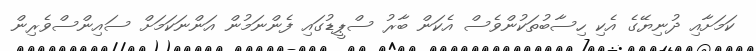
ކަމަށާއި ދުނިޔޭގެ އެކި ހިސާބުތަކުންވެސް އެކަން ބާރު ސްޕީޑުގައި ފެންނަމުން އަންނަކަމަށް ސައިންސްވެރިން